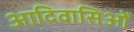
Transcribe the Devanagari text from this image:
आदिवासिओं